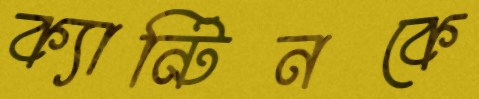
ক্যান্টিনকে